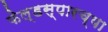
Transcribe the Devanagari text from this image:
फेल्डस्पारच्या